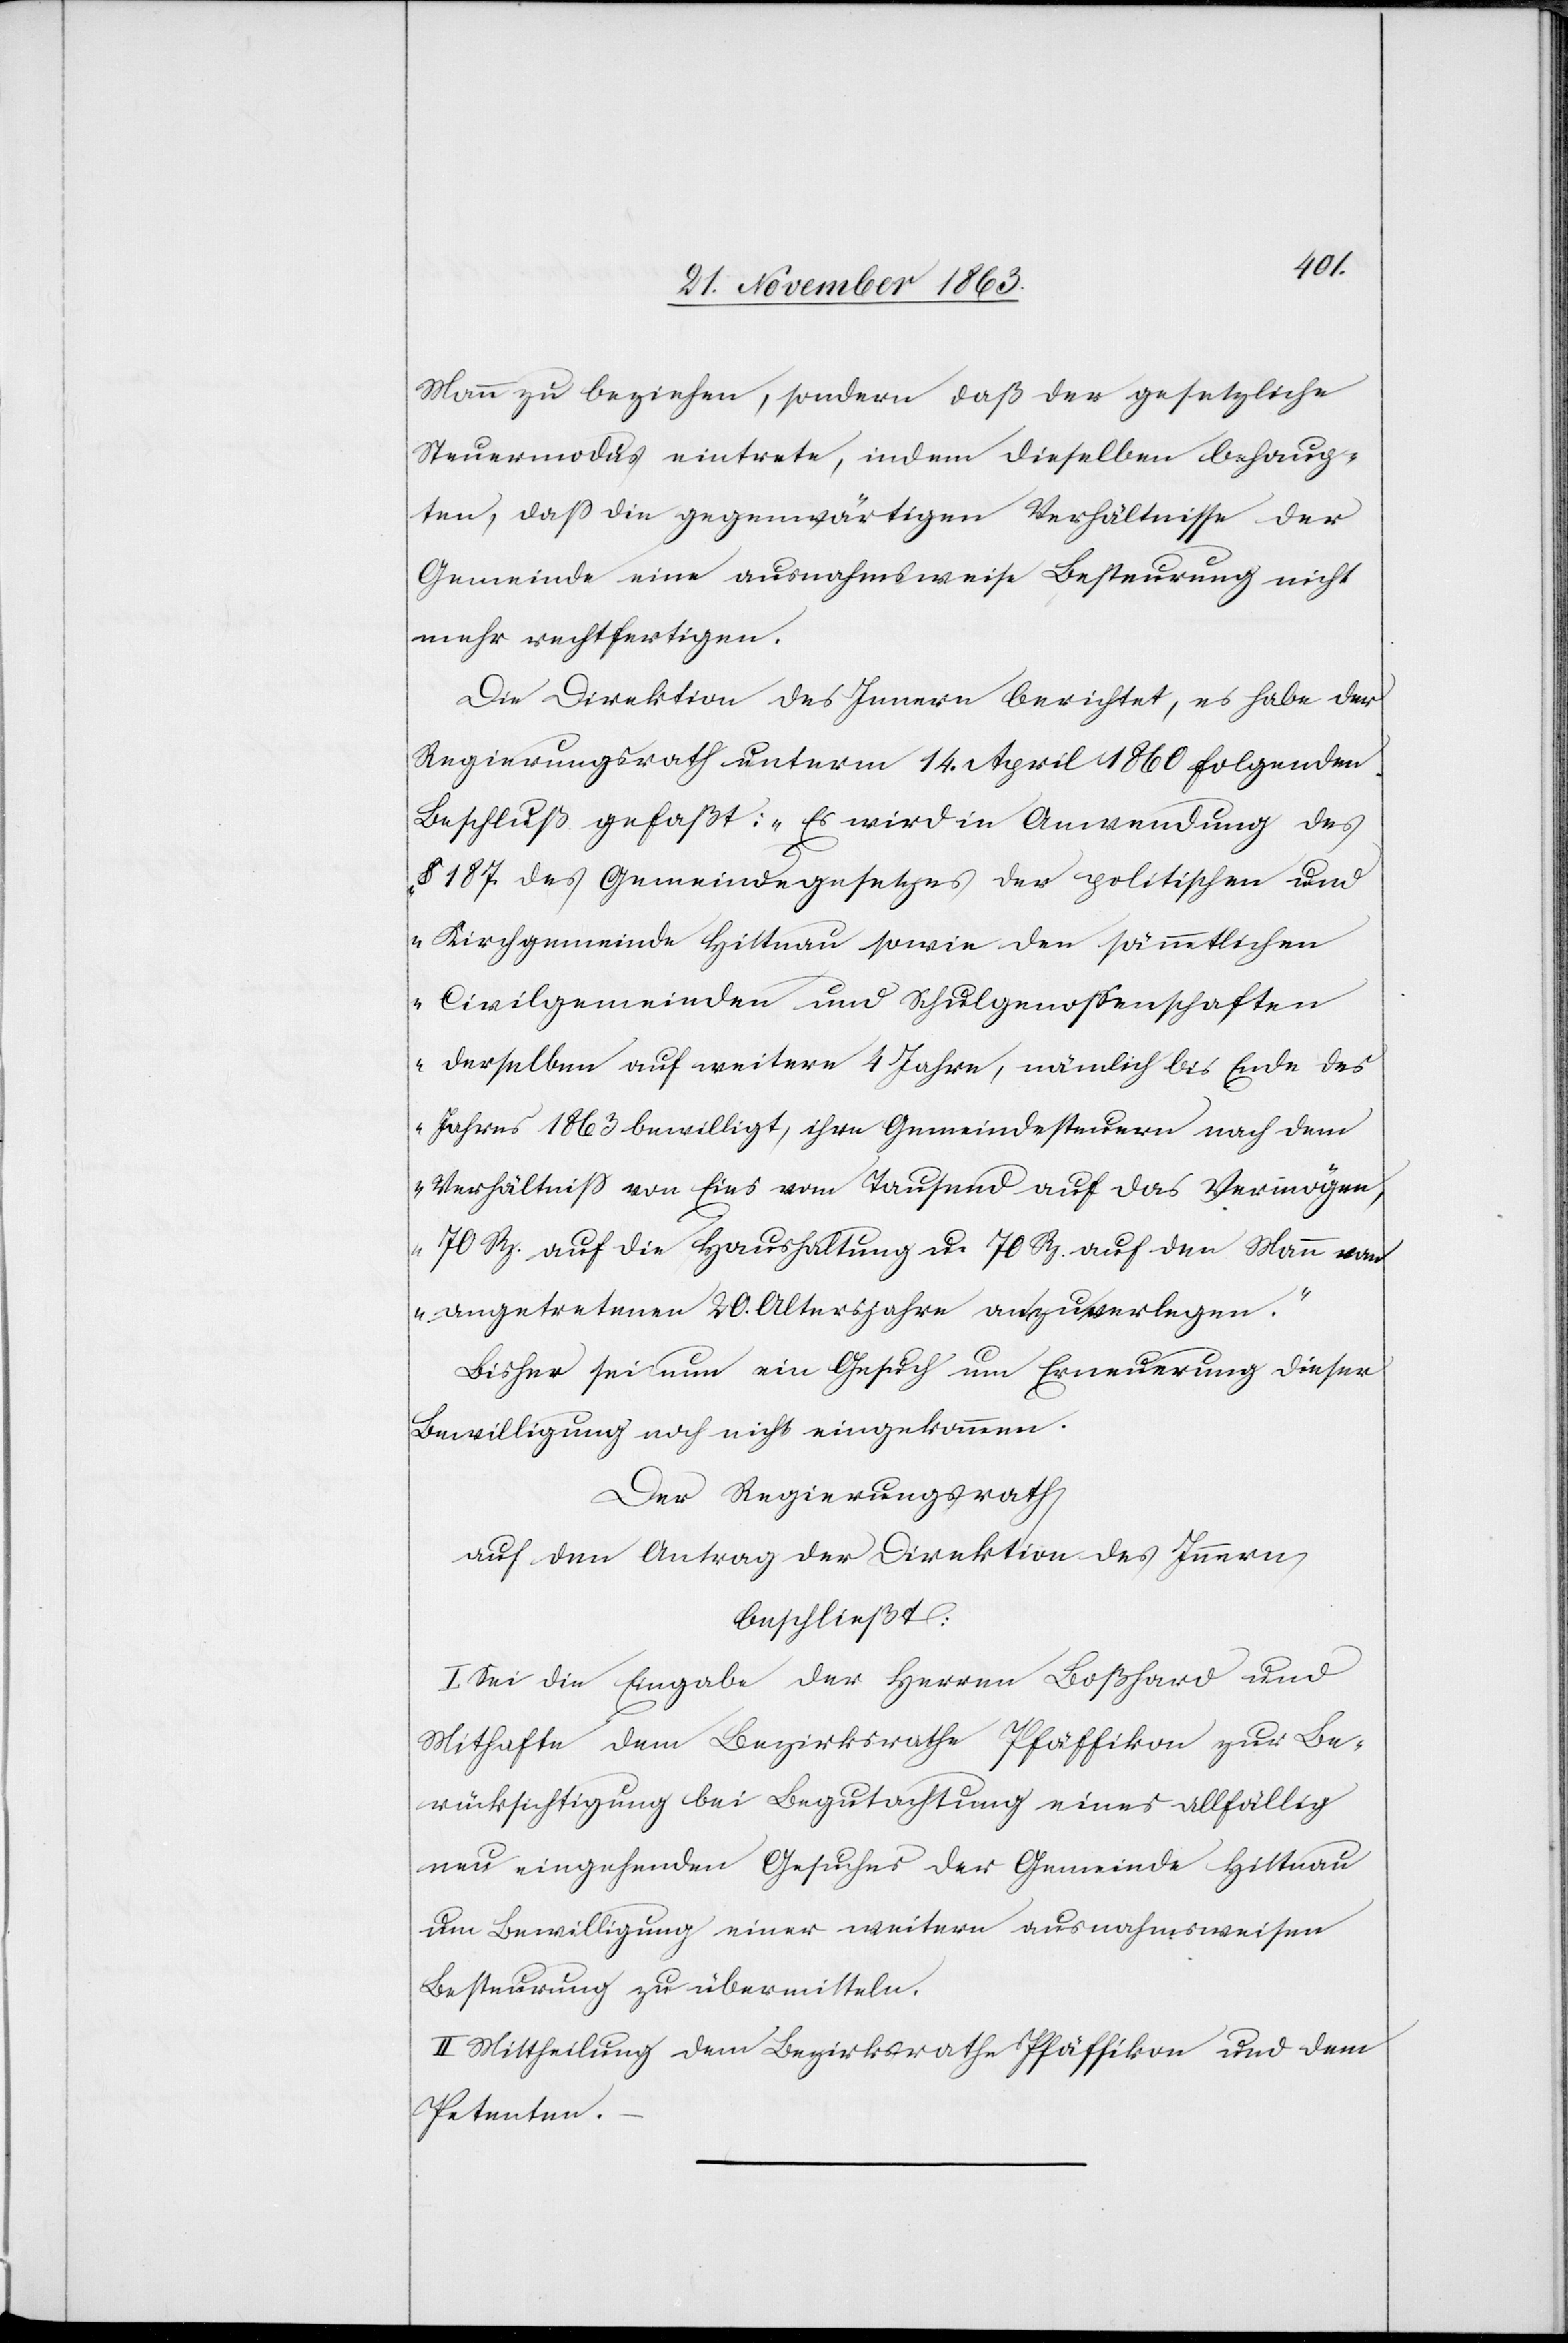
Mann zu beziehen, sondern daß der gesetzliche
Steuermodus eintrete, indem dieselben behaup¬
ten, dass die gegenwärtigen Verhältnisse der
Gemeinde eine ausnahmsweise Besteurung nicht
mehr rechtfertigen.
Die Direktion des Innern berichtet, es habe der
Regierungsrath unterm 14. April 1860 folgenden
Beschluß gefaßt: „Es wird in Anwendung des
§ 187. des Gemeindegesetzes der politischen und
Kirchgemeinde Hittnau sowie den sämmtlichen
Civilgemeinden und Schulgenossenschaften
derselben auf weitere 4 Jahre, nämlich bis Ende des
Jahres 1863 bewilligt, ihre Gemeindesteuern nach dem
Verhältniss von Eins vom Tausend auf das Vermögen,
70 Rp. auf die Haushaltung u. 70 Rp. auf den Mann vom
angetretenen 20. Altersjahre an zu verlegen.“
Bisher sei nun ein Gesuch um Erneuerung dieser
Bewilligung noch nicht eingekommen.
Der Regierungsrath
auf den Antrag der Direktion des Innern
beschließt:
I. Sei die Eingabe der Herren Boßhard und
Mithafte dem Bezirksrathe Pfäffikon zur Be¬
rücksichtigung bei Begutachtung eines allfällig
neu eingehenden Gesuches der Gemeinde Hittnau
um Bewilligung einer weitern ausnahmsweisen
Besteurung zu übermitteln.
II. Mittheilung dem Bezirksrathe Pfäffikon und dem
Petenten.